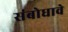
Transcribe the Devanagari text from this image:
संबोधावे